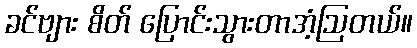
ခင်ဗျား စိတ် ပြောင်းသွားတာအံ့ဩတယ်။